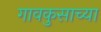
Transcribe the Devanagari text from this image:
गावकुसाच्या